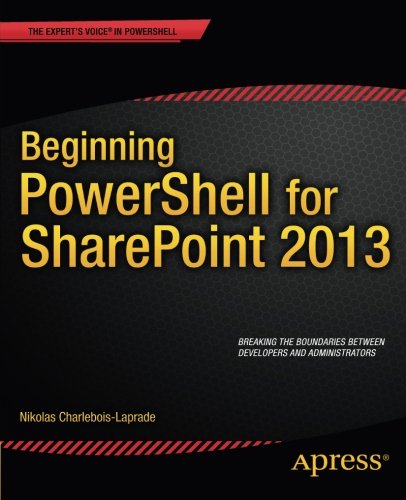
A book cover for Beginning PowerShell for SharePoint 2013; Nikolas Charlebois-Laprade; Computers & Technology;